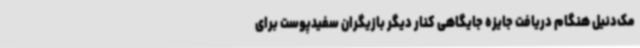
مک‌دنیل هنگام دریافت جایزه جایگاهی کنار دیگر بازیگران سفیدپوست برای